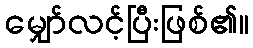
မျှော်လင့်ပြီးဖြစ်၏။